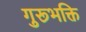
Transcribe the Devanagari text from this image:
गुरूभक्ति